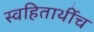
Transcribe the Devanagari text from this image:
स्वहितार्थीच